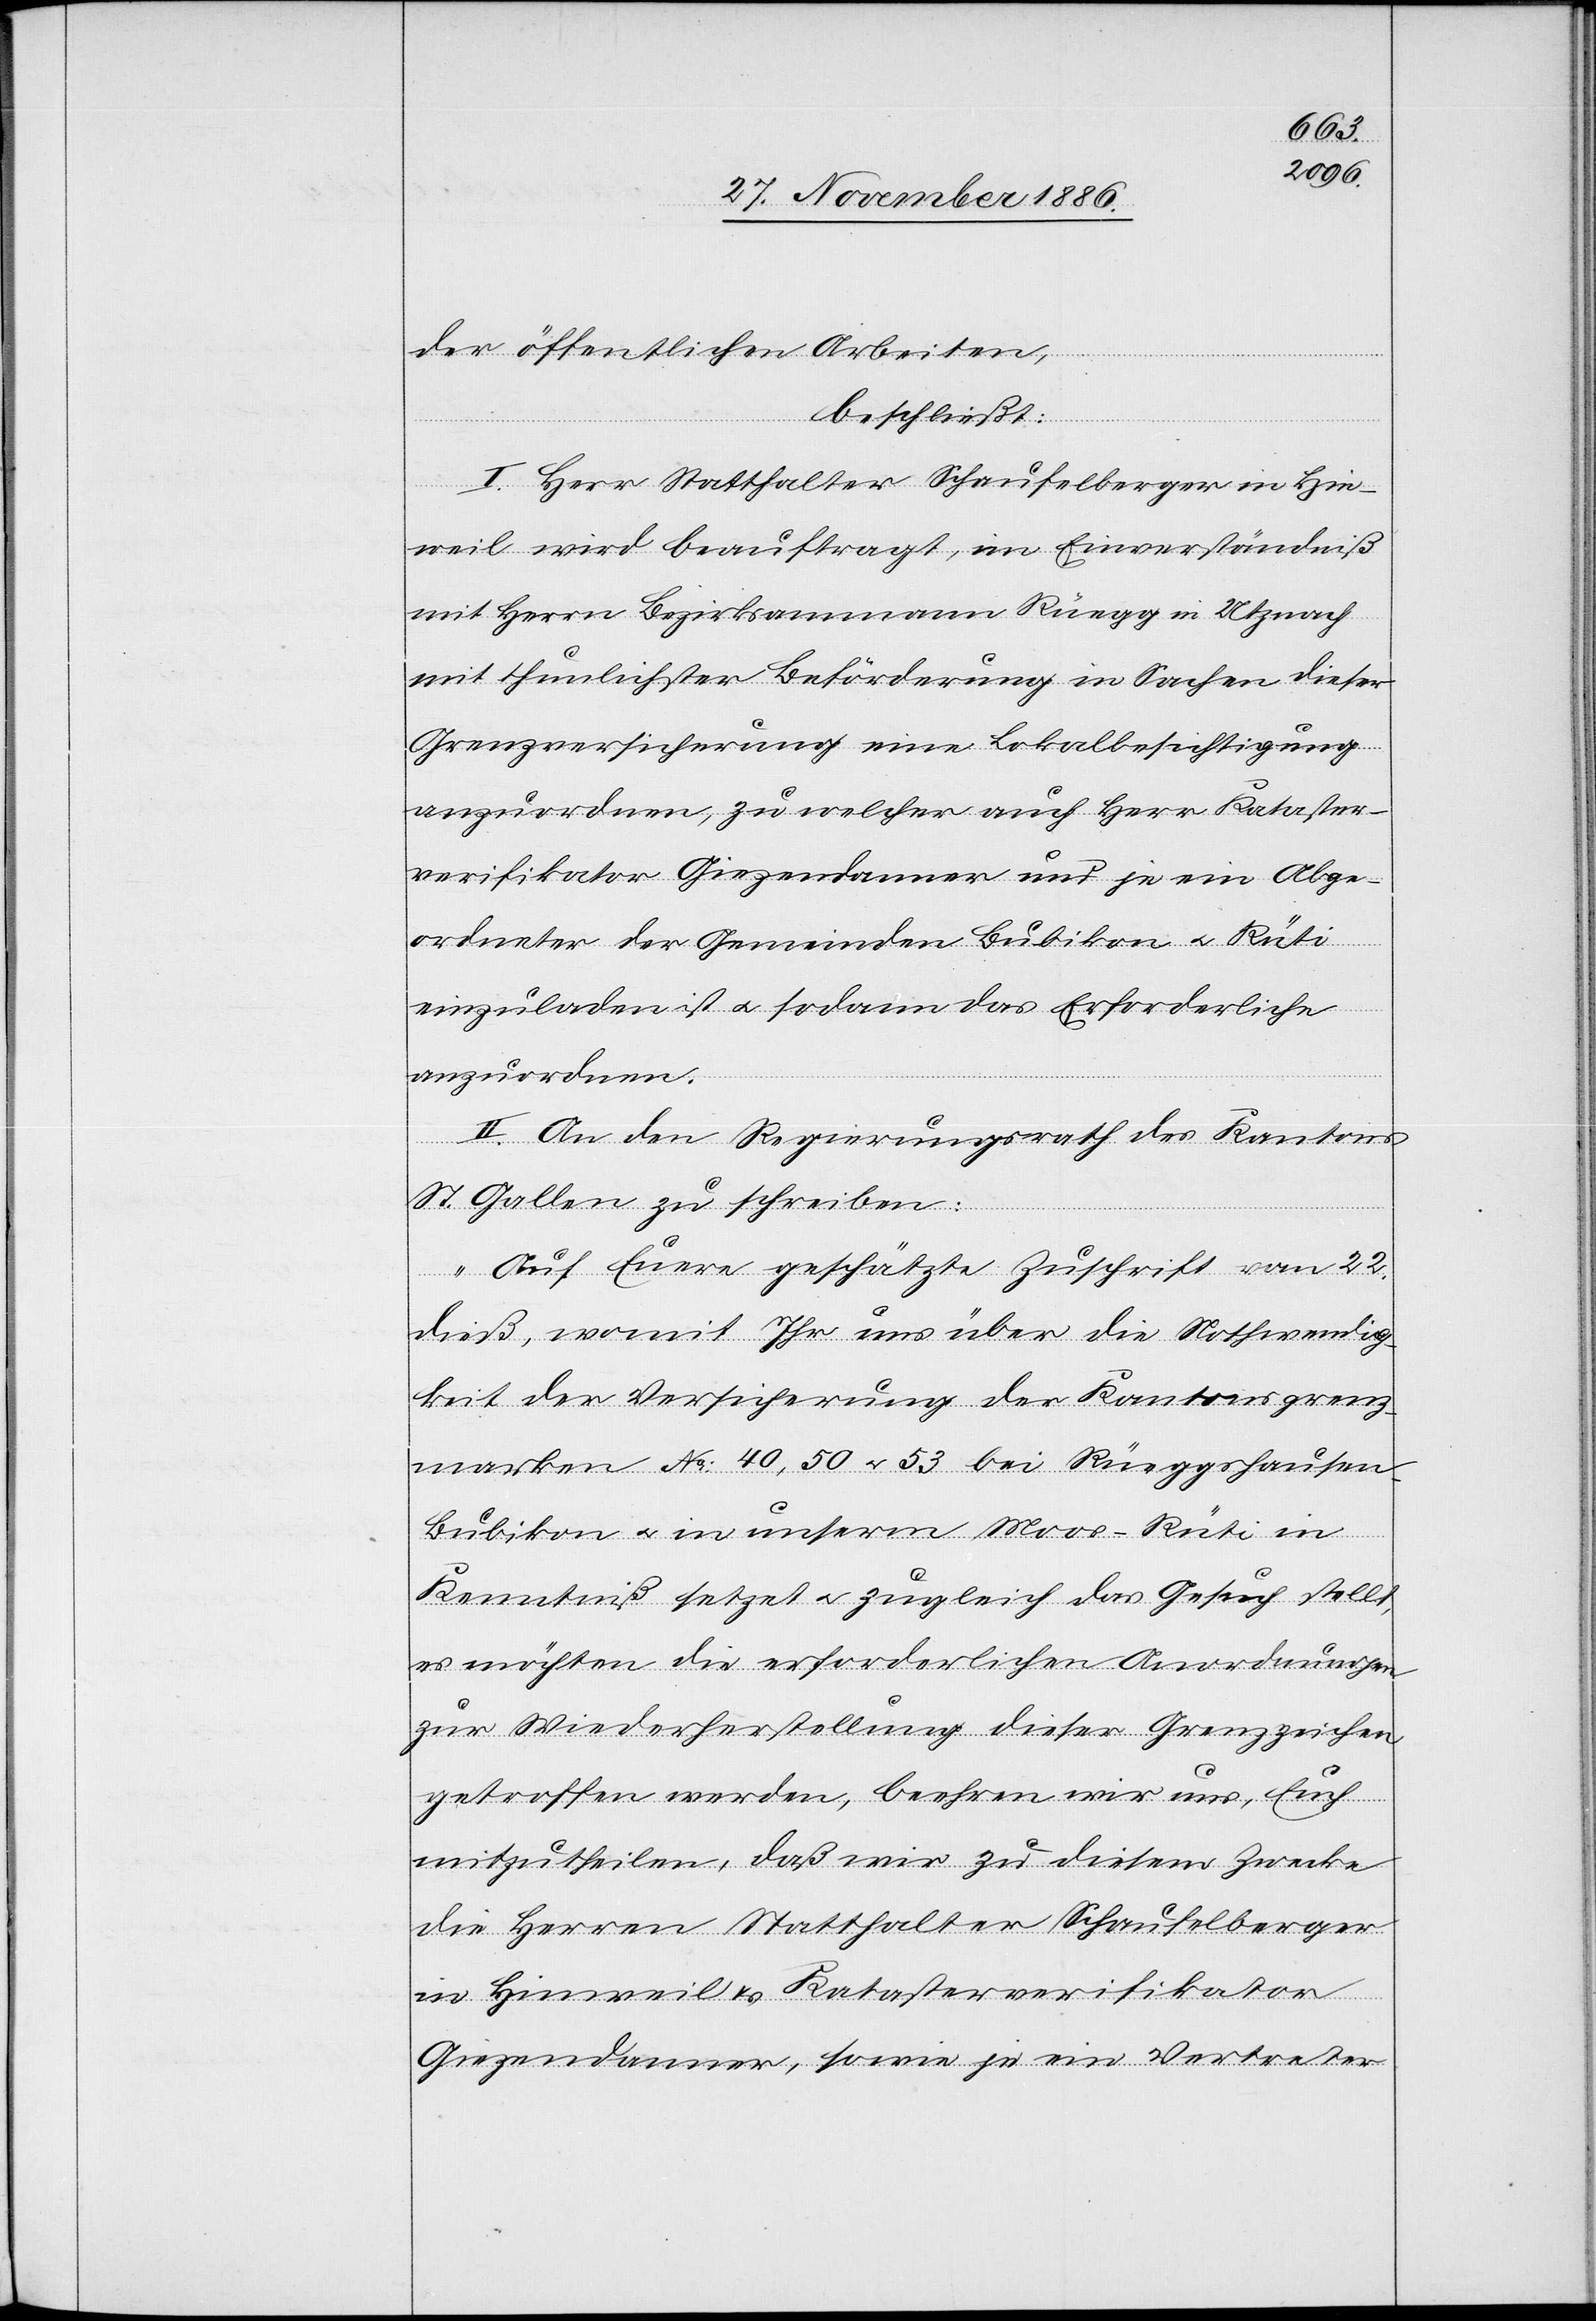
der öffentlichen Arbeiten,
beschließt:
Rüti
I. Herr Statthalter Schaufelberger in Hin¬
weil wird beauftragt, im Einverständniß
mit Herrn Bezirksammann Rüegg in Utznach
mit thunlichster Beförderung in Sachen dieser
Grenzversicherung eine Lokalbesichtigung
anzuordnen, zu welcher auch Herr Kataster¬
verifikator Giezendanner und je ein abge¬
ordneter der Gemeinden Bubikon & Rüti
einzuladen ist & sodann das Erforderliche
anzuordnen.
II. An den Regierungsrath des Kantons
St. Gallen zu schreiben:
„Auf Euere geschätzte Zuschrift vom 22.
dieß, womit Ihr uns über die Nothwendig¬
keit der Versicherung der Kantonsgrenz¬
marken No 40, 50 & 53 bei Rüeggshausen
Kenntniß setzt & zugleich das Gesuch stellt,
es möchten die erforderlichen Anordnungen
zur Wiederherstellung dieser Grenzzeichen
getroffen werden, beehren wir uns, Euch
mitzutheilen, daß wir zu diesem Zwecke
die Herren Statthalter Schaufelberger
in Hinweil & Katasterverifikator
Giezendanner, sowie je ein Vertreter